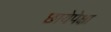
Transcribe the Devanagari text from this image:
छायेपेक्षा